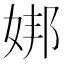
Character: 𪥶